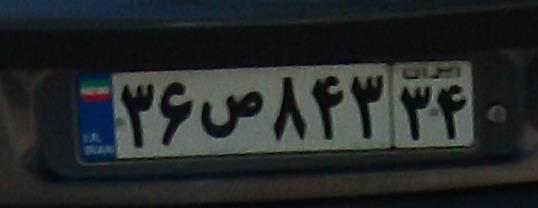
۳۶ص۸۴۳۳۴